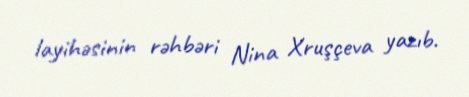
layihəsinin rəhbəri Nina Xruşçeva yazıb.